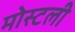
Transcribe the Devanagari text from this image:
मोस्टली